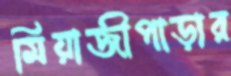
মিয়াজীপাড়ার